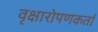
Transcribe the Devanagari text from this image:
वृक्षारोपणकर्ता